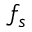
f _ { s }